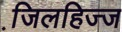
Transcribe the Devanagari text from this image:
जि़लहिज्ज